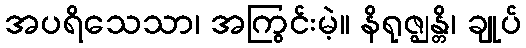
အပရိသေသာ၊ အကြွင်းမဲ့။ နိရုဇ္ဈန္တိ၊ ချုပ်